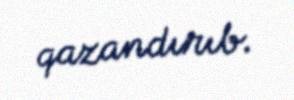
qazandırıb.